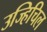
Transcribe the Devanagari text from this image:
उज्हिचिल